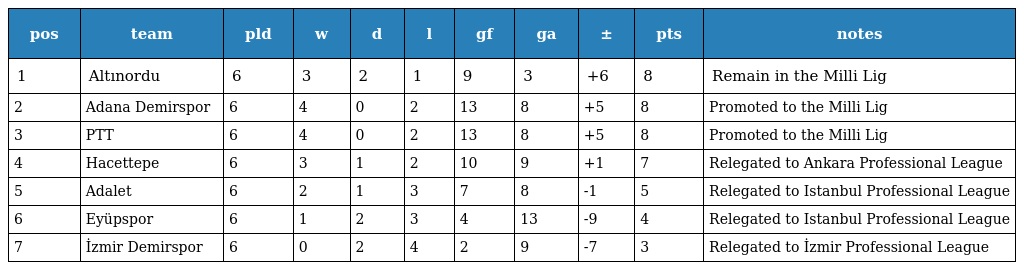
| pos | team | pld | w | d | l | gf | ga | ± | pts | notes |
 | --- | --- | --- | --- | --- | --- | --- | --- | --- | --- | --- |
 | 1 | Altınordu | 6 | 3 | 2 | 1 | 9 | 3 | +6 | 8 | Remain in the Milli Lig |
 | 2 | Adana Demirspor | 6 | 4 | 0 | 2 | 13 | 8 | +5 | 8 | Promoted to the Milli Lig |
 | 3 | PTT | 6 | 4 | 0 | 2 | 13 | 8 | +5 | 8 | Promoted to the Milli Lig |
 | 4 | Hacettepe | 6 | 3 | 1 | 2 | 10 | 9 | +1 | 7 | Relegated to Ankara Professional League |
 | 5 | Adalet | 6 | 2 | 1 | 3 | 7 | 8 | -1 | 5 | Relegated to Istanbul Professional League |
 | 6 | Eyüpspor | 6 | 1 | 2 | 3 | 4 | 13 | -9 | 4 | Relegated to Istanbul Professional League |
 | 7 | İzmir Demirspor | 6 | 0 | 2 | 4 | 2 | 9 | -7 | 3 | Relegated to İzmir Professional League |